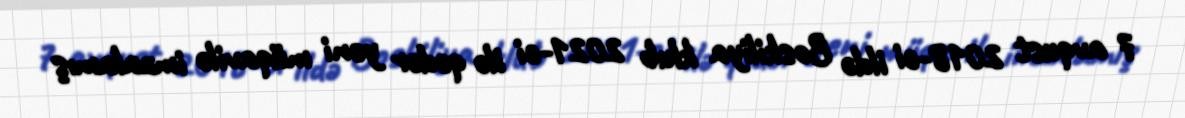
7 avqust 2018-ci ildə Boskiliya klub 2021-ci ilə qədər yeni müqavilə imzalamış